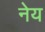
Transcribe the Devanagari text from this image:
नेय